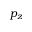
p _ { z }